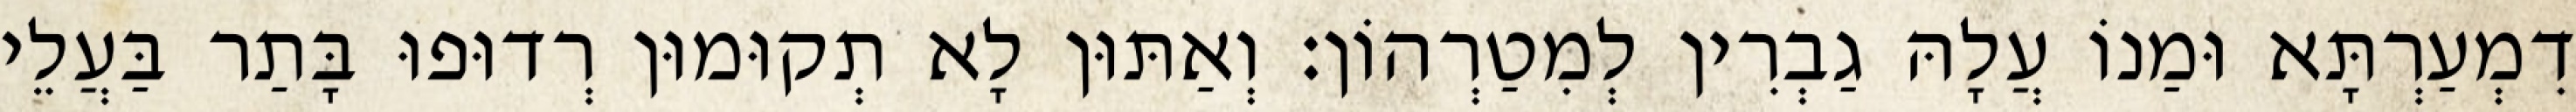
דִמְעַרְתָּא וּמַנוֹ עֲלָהּ גַבְרִין לְמִטַרְהוֹן׃ וְאַתּוּן לָא תְקוּמוּן רְדוּפוּ בָּתַר בַּעֲלֵי